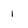
Character: 1